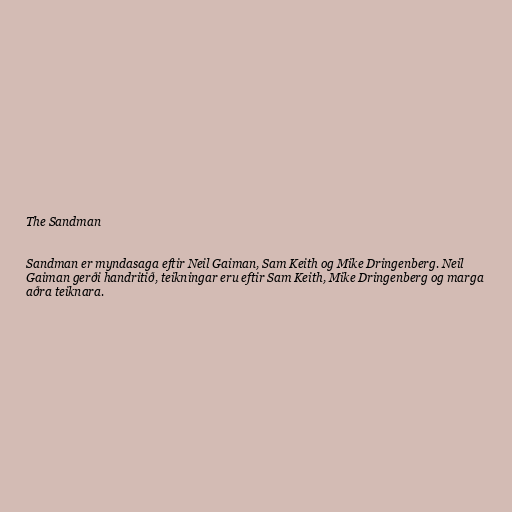
The Sandman

Sandman er myndasaga eftir Neil Gaiman, Sam Keith og Mike Dringenberg. Neil
Gaiman gerði handritið, teikningar eru eftir Sam Keith, Mike Dringenberg og marga
aðra teiknara.